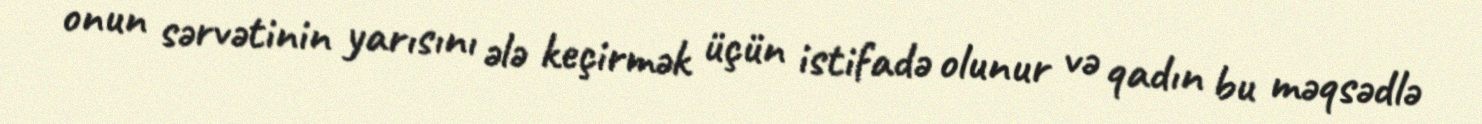
onun sərvətinin yarısını ələ keçirmək üçün istifadə olunur və qadın bu məqsədlə